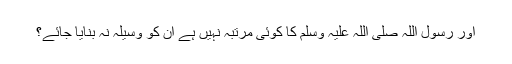
اور رسول اللہ صلی اللہ علیہ وسلم کا کوئی مرتبہ نہیں ہے ان کو وسیلہ نہ بنایا جائے؟